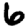
Digit: 6